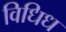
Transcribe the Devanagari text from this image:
विधिध